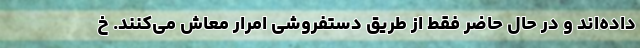
داده‌اند و در حال حاضر فقط از طریق دستفروشی امرار معاش می‌کنند. خ